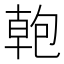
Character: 𭅎